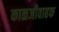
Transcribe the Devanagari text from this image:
काळजीवाहक